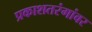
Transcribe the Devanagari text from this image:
प्रकाशतरंगांवर